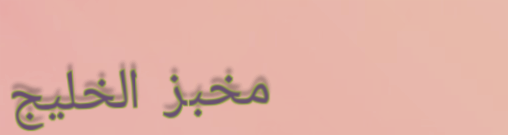
مخبز الخليج